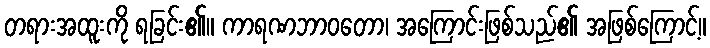
တရားအထူးကို ရခြင်း၏။ ကာရဏဘာဝတော၊ အကြောင်းဖြစ်သည်၏ အဖြစ်ကြောင့်။